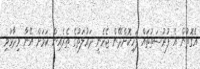
އެގޮތުން އެ ފުރުސަތުތައް ފަހިކޮށްދޭން ޖެހެނީ ދައުލަތުގެ ތެރެއިން ކަމަށް އޭނާ ވިދާޅުވި